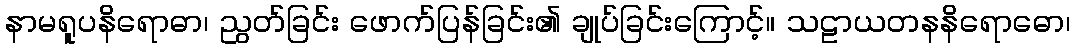
နာမရူပနိရောဓာ၊ ညွတ်ခြင်း ဖောက်ပြန်ခြင်း၏ ချုပ်ခြင်းကြောင့်။ သဠာယတနနိရောဓော၊